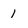
Character: 1